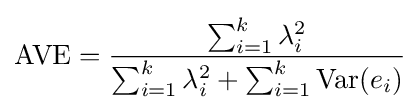
{\text{AVE}}={\frac {\sum _{i=1}^{k}\lambda _{i}^{2}}{\sum _{i=1}^{k}\lambda _{i}^{2}+\sum _{i=1}^{k}\operatorname {Var} (e_{i})}}